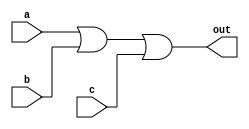
// Karnaugh map 

module top_module(
    input a,
    input b,
    input c,
    output out  ); 

    assign out = a || b || c;

endmodule